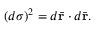
( d \sigma ) ^ { 2 } = d \bar { \bf r } \cdot d \bar { \bf r } .